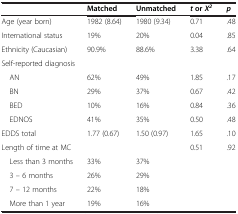
|  | Matched | Unmatched | torΧ2 | p |
 | --- | --- | --- | --- | --- |
 | Age (year born) | 1982 (8.64) | 1980 (9.34) | 0.71 | .48 |
 | International status | 19% | 20% | 0.04 | .85 |
 | Ethnicity (Caucasian) | 90.9% | 88.6% | 3.38 | .64 |
 | <COLSPAN=5> Self-reported diagnosis |
 | AN | 62% | 49% | 1.85 | .17 |
 | BN | 29% | 37% | 0.67 | .42 |
 | BED | 10% | 16% | 0.84 | .36 |
 | EDNOS | 41% | 35% | 0.50 | .48 |
 | EDDS total | 1.77 (0.67) | 1.50 (0.97) | 1.65 | .10 |
 | Length of time at MC |  |  | 0.51 | .92 |
 | Less than 3 months | 33% | 37% |  |  |
 | 3 – 6 months | 26% | 29% |  |  |
 | 7 – 12 months | 22% | 18% |  |  |
 | More than 1 year | 19% | 16% |  |  |